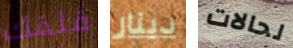
قلقك دينار لحالات